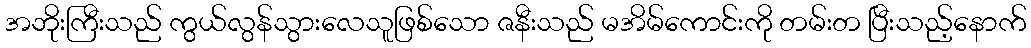
အဘိုးကြီးသည် ကွယ်လွန်သွားလေသူဖြစ်သော ဇနီးသည် မအိမ်ကောင်းကို တမ်းတ ပြီးသည့်နောက်